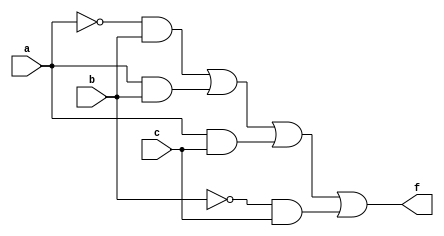
module hybrid_minimization(
    input wire a,  // Input variable A
    input wire b,  // Input variable B
    input wire c,  // Input variable C
    output wire f  // Output function F
);

// Internal signals for minimized expressions
wire ab, ac, bc, ab_not, ac_not, bc_not;

// Example minimized expressions based on hypothetical truth table
// f = A'BC + AB' + AC
assign ab = a & b;            // AB
assign ac = a & c;            // AC
assign bc = b & c;            // BC
assign ab_not = ~a & b;       // A'B
assign ac_not = ~a & c;       // A'C
assign bc_not = ~b & c;       // B'C

// Final output logic based on minimized expressions
assign f = (ab_not | ab | ac | bc_not);  // Example output function

endmodule